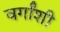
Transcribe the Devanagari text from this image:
वर्गांशी